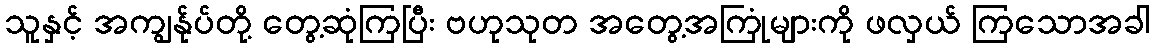
သူနှင့် အကျွန်ုပ်တို့ တွေ့ဆုံကြပြီး ဗဟုသုတ အတွေ့အကြုံများကို ဖလှယ် ကြသောအခါ